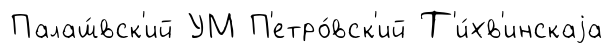
Палаш́вск'ий УМ П'етро́вск'ий Т'и́хв'инскаjа